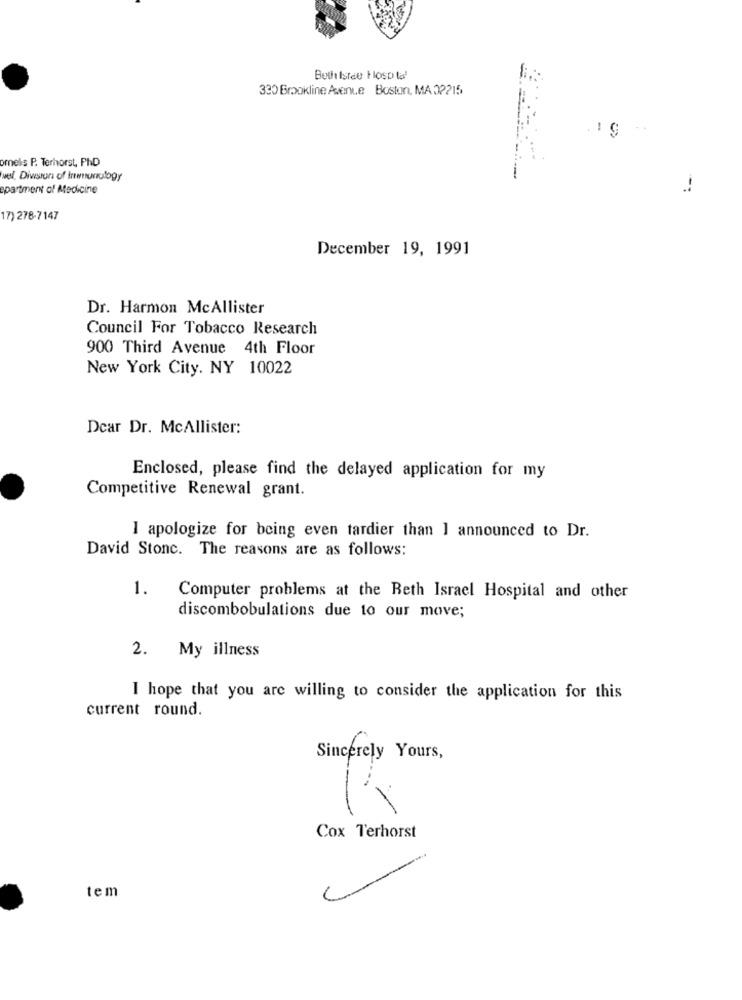
Both Israe Hosp ta'
330 Brookline Avenue Boston, MA 02215
omnels P. Terhorst, Ph.D
well, Diwsron of Irremunulogy
apartment of Medicine
17) 278-7147
December 19, 1991
Dr. Harmon McAllister
Council For Tobacco Research
900 Third Avenue 4th Floor
New York City. NY 10022
Dear Dr. McAllister:
Enclosed, please find the delayed application for my
Competitive Renewal grant.
I apologize for being even tardier than 1 announced to Dr.
David Stonc. The reasons are as follows:
1.
Computer problems at the Beth Israel Hospital and other
discombobulations due to our move;
2. My illness
I hope that you are willing to consider the application for this
current round.
Sincerely Yours,
Cox Terhorst
tem